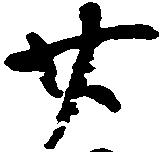
廿